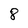
Character: 8